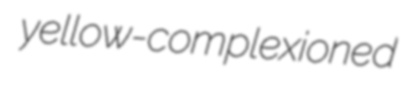
yellow-complexioned